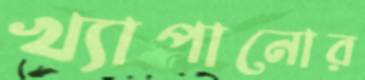
খ্যাপানোর